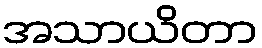
အသာယိတာ